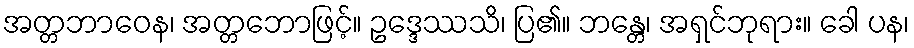
အတ္တဘာဝေန၊ အတ္တဘောဖြင့်။ ဥဒ္ဒေဿသိ၊ ပြ၏။ ဘန္တေ၊ အရှင်ဘုရား။ ခေါ ပန၊